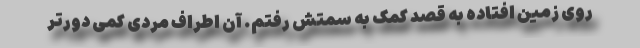
روی زمین افتاده به قصد کمک به سمتش رفتم. آن اطراف مردی کمی دورتر